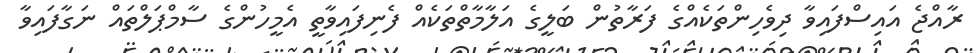
ރާއްޖެ އައިސްފައިވާ ދިވެހިންތަކެއްގެ ފަރާތުން ބަލީގެ އަލާމާތްތަކެއް ފެނިފައިވާތީ އެމީހުންގެ ސާމްޕަލްތައް ނަގާފައިވާ